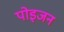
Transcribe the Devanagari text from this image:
पोइजन